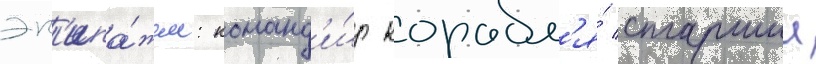
эк'ипа́жем: команд'и́р корабл'я́ старшии